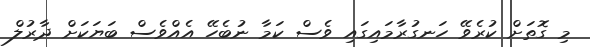
މި ގޮތަށް ކުރެވޭ ހަނގުރާމައިގައި ވެސް ކަމާ ނުބެހޭ އެއްވެސް ބަޔަކަށް ދާރުލް